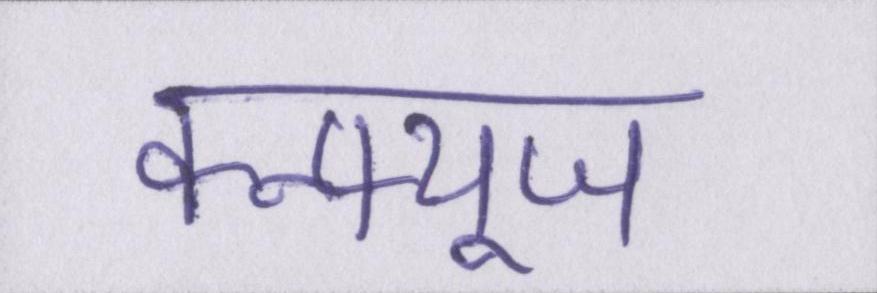
कन्फ्यूज